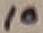
Text: 10